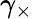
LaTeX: \gamma_{\times}